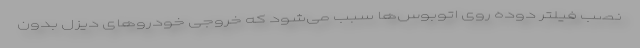
نصب فیلتر دوده روی اتوبوس‌ها سبب می‌شود که خروجی خودروهای دیزل بدون